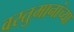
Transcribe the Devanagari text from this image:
वस्तुमानांच्या